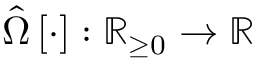
\hat { \Omega } \left[ \cdot \right] : \mathbb { R } _ { \ge 0 } \rightarrow \mathbb { R }